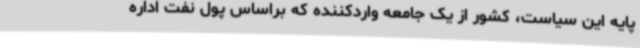
پایه این سیاست، کشور از یک جامعه واردکننده که براساس پول نفت اداره